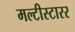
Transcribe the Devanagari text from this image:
मल्टीस्टारर